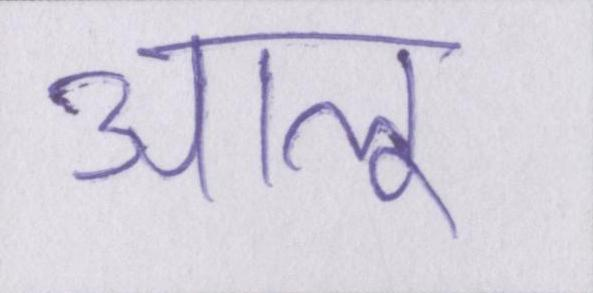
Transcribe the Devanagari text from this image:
आलू